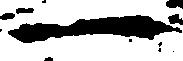
一